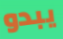
يبدو